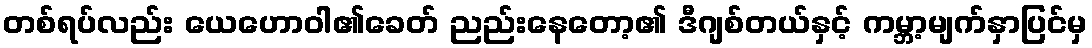
တစ်ရပ်လည်း ယေဟောဝါ၏ခေတ် ညည်းနေတော့၏ ဒီဂျစ်တယ်နှင့် ကမ္ဘာ့မျက်နှာပြင်မှ